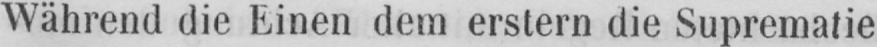
Während die Einen dem erstem die Suprematie